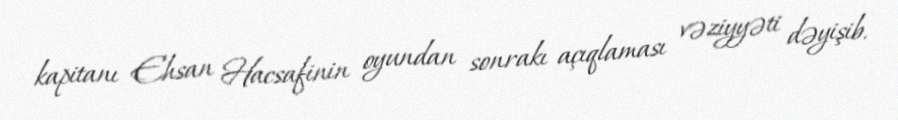
kapitanı Ehsan Hacsafinin oyundan sonrakı açıqlaması vəziyyəti dəyişib.